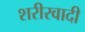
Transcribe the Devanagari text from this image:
शरीरवादी